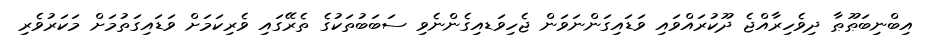
އިބްނިބަޠޫޠާ ދިވެހިރާއްޖެ ދޫކުރައްވައި ވަޑައިގަންނަވަން ޖެހިވަޑއިގެންނެވި ސަބަބުތަކުގެ ތެރޭގައި ވެރިކަމަށް ވަޑައިގަތުމަށް މަކަރުވެރި